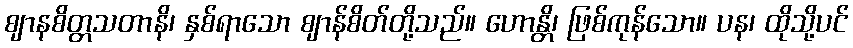
ဈာနစိတ္တသတာနိ၊ နှစ်ရာသော ဈာန်စိတ်တို့သည်။ ဟောန္တိ၊ ဖြစ်ကုန်သော။ ပန၊ ထိုသို့ပင်